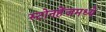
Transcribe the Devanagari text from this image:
स्टोनहेंजमध्ये